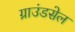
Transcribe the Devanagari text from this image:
ग्राउंडसेल